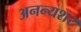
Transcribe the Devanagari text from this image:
अनन्यशर